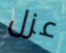
عزل